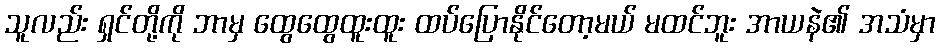
သူလည်း ရှင်တို့ကို ဘာမှ ထွေထွေထူးထူး ထပ်ပြောနိုင်တော့မယ် မထင်ဘူး အာယနဲ၏ အသံမှာ